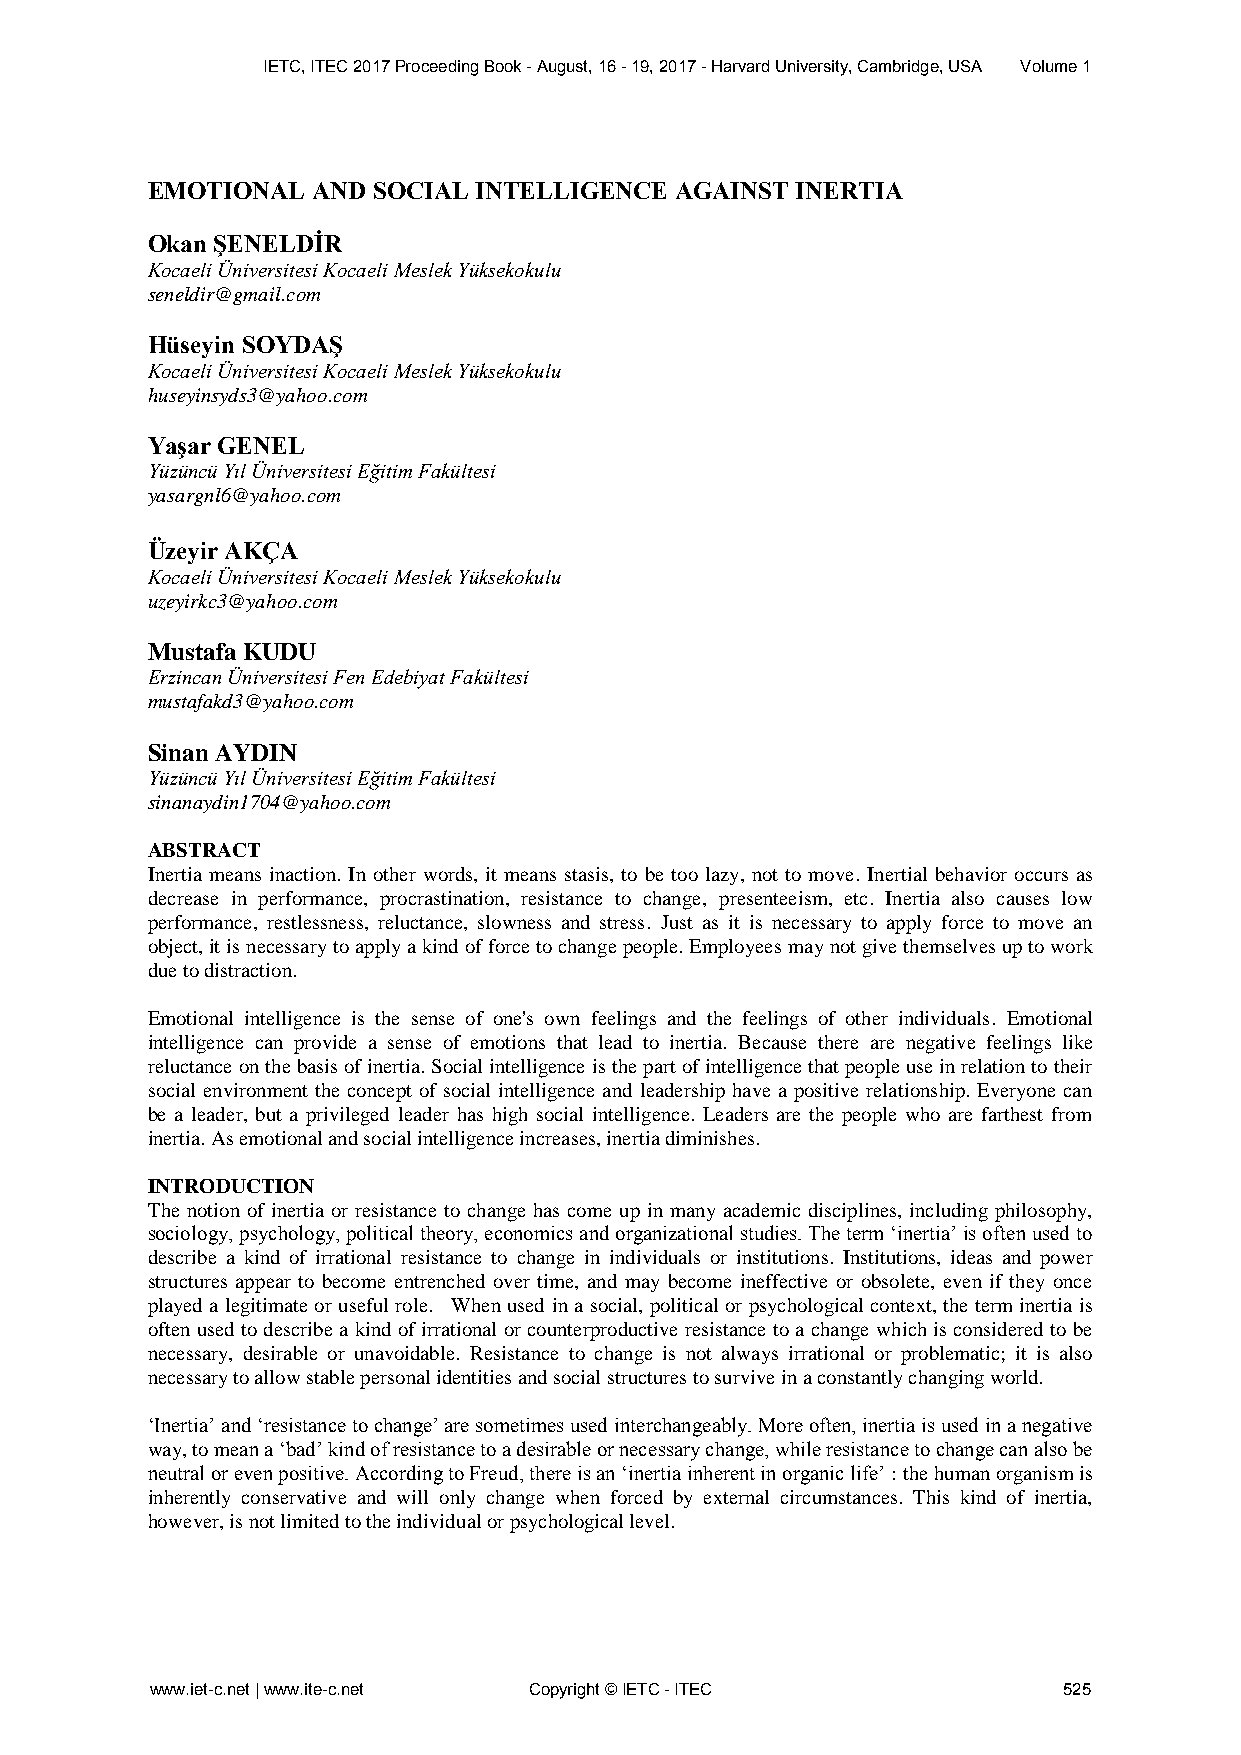
IETC, ITEC 2017 Proceeding Book - August, 16 - 19, 2017 - Harvard University, Cambridge, USA Volume 1
 EMOTIONAL  AND SOCIAL INTELLIGENCE AGAINST INERTIA
 Okan ŞENELDİR
 Kocaeli Üniversitesi Kocaeli Meslek Yüksekokulu
 seneldir@gmail.com
 Hüseyin SOYDAŞ
 Kocaeli Üniversitesi Kocaeli Meslek Yüksekokulu
 huseyinsyds3@yahoo.com
 Yaşar GENEL
 Yüzüncü Yıl Üniversitesi Eğitim Fakültesi
 yasargnl6@yahoo.com
 Üzeyir AKÇA
 Kocaeli Üniversitesi Kocaeli Meslek Yüksekokulu
 uzeyirkc3@yahoo.com
 Mustafa KUDU
 Erzincan Üniversitesi Fen Edebiyat Fakültesi
 mustafakd3@yahoo.com
 Sinan AYDIN
 Yüzüncü Yıl Üniversitesi Eğitim Fakültesi
 sinanaydin1704@yahoo.com
 ABSTRACT
 Inertia means inaction. In other words, it means stasis, to be too lazy, not to move. Inertial behavior occurs as
 decrease in performance, procrastination, resistance to change, presenteeism, etc. Inertia also causes low
 performance, restlessness, reluctance, slowness and stress. Just as it is necessary to apply force to move an
 object, it is necessary to apply a kind of force to change people. Employees may not give themselves up to work
 due to distraction.
 Emotional intelligence is the sense of one's own feelings and the feelings of other individuals. Emotional
 intelligence can provide a sense of emotions that lead to inertia. Because there are negative feelings like
 reluctance on the basis of inertia. Social intelligence is the part of intelligence that people use in relation to their
 social environment the concept of social intelligence and leadership have a positive relationship. Everyone can
 be a leader, but a privileged leader has high social intelligence. Leaders are the people who are farthest from
 inertia. As emotional and social intelligence increases, inertia diminishes.
 INTRODUCTION
 The notion of inertia or resistance to change has come up in many academic disciplines, including philosophy,
 sociology, psychology, political theory, economics and organizational studies. The term ‘inertia’ is often used to
 describe a kind of irrational resistance to change in individuals or institutions. Institutions, ideas and power
 structures appear to become entrenched over time, and may become ineffective or obsolete, even if they once
 played a legitimate or useful role. When used in a social, political or psychological context, the term inertia is
 often used to describe a kind of irrational or counterproductive resistance to a change which is considered to be
 necessary, desirable or unavoidable. Resistance to change is not always irrational or problematic; it is also
 necessary to allow stable personal identities and social structures to survive in a constantly changing world.
 ‘Inertia’ and ‘resistance to change’ are sometimes used interchangeably. More often, inertia is used in a negative
 way, to mean a ‘bad’ kind of resistance to a desirable or necessary change, while resistance to change can also be
 neutral or even positive. According to Freud, there is an ‘inertia inherent in organic life’ : the human organism is
 inherently conservative and will only change when forced by external circumstances. This kind of inertia,
 however, is not limited to the individual or psychological level.
 www.iet-c.net | www.ite-c.net Copyright © IETC - ITEC       525